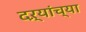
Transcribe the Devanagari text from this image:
दऱ्यांच्या